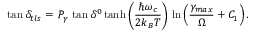
\tan \delta _ { t l s } = \, P _ { \gamma } \, \tan \delta ^ { 0 } \, \mathrm { t a n h } \left( \frac { \hbar \omega _ { c } } { 2 k _ { B } T } \right) \, \mathrm { l n } \left( \frac { \gamma _ { m a x } } { \Omega } + C _ { 1 } \right) .